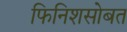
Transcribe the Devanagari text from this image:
फिनिशसोबत